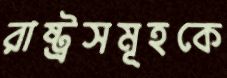
রাষ্ট্রসমূহকে